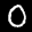
Label: 0